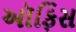
ઑફિસ